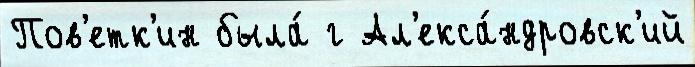
Пов'етк'ин была́ г Ал'екса́ндровск'ий